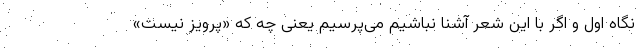
نگاه اول و اگر با این شعر آشنا نباشیم می‌پرسیم یعنی چه که «پرویز نیست»